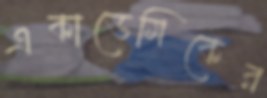
একাডেমিকের